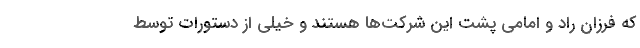
که فرزان راد و امامی پشت این شرکت‌ها هستند و خیلی از دستورات توسط